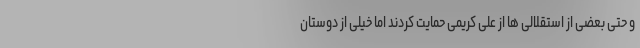
و حتی بعضی از استقلالی ها از علی کریمی حمایت کردند اما خیلی از دوستان